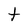
Character: t